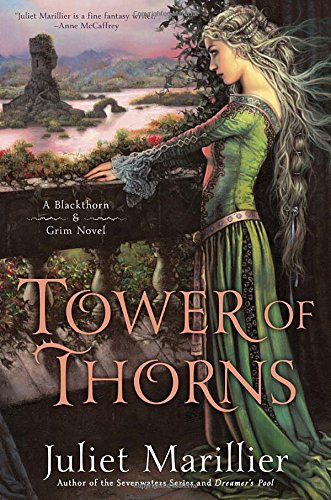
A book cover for Tower of Thorns: A Blackthorn & Grim Novel; Juliet Marillier; Science Fiction & Fantasy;